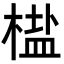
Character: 𬃳